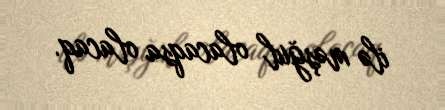
ilə məşğul olacaqsa olacaq.